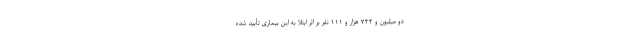
دو میلیون و ۷۲۲ هزار و ۱۱۱ نفر بر اثر ابتلا به این بیماری تأیید شده